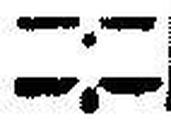
—.—